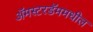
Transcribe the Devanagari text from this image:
अॅमस्टरडॅममधील